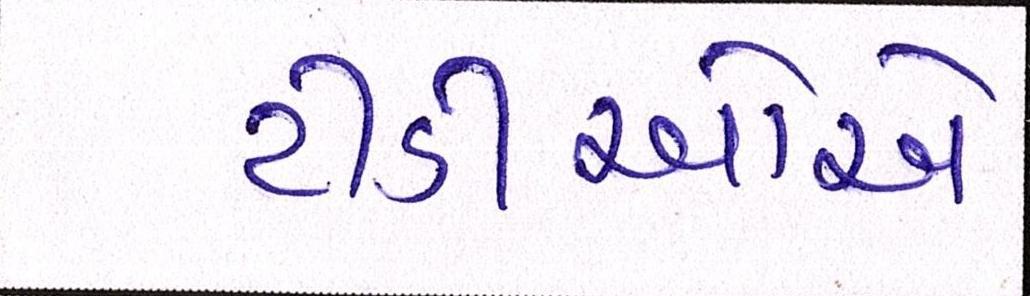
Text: ટીડીઓએ